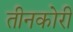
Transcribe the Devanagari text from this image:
तीनकोरी